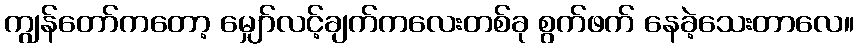
ကျွန်တော်ကတော့ မျှော်လင့်ချက်ကလေးတစ်ခု စွက်ဖက် နေခဲ့သေးတာလေ။